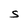
Character: S